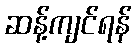
ဆန့်ကျင်ရန်